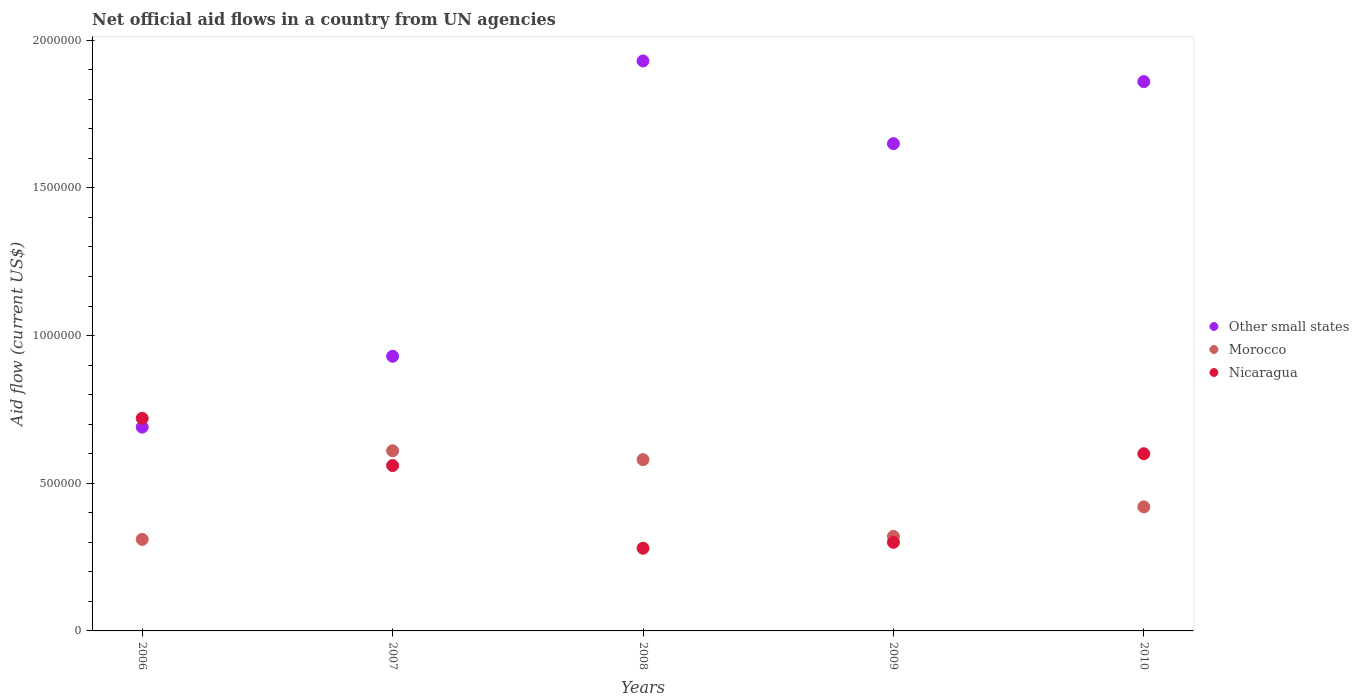
| Years | Other small states | Morocco | Nicaragua |
 | --- | --- | --- | --- |
 | 2006 | 6.9e+05 | 3.1e+05 | 7.2e+05 |
 | 2007 | 9.3e+05 | 6.1e+05 | 5.6e+05 |
 | 2008 | 1.93e+06 | 5.8e+05 | 2.8e+05 |
 | 2009 | 1.65e+06 | 3.2e+05 | 3e+05 |
 | 2010 | 1.86e+06 | 4.2e+05 | 6e+05 |